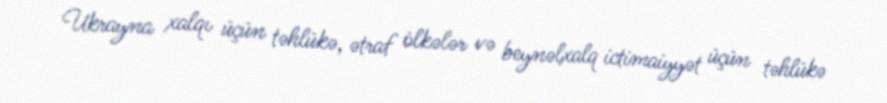
Ukrayna xalqı üçün təhlükə, ətraf ölkələr və beynəlxalq ictimaiyyət üçün təhlükə